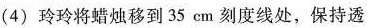
(4)玲玲将蜡烛移到35cm刻度线处，保持透